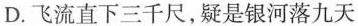
D.飞流直下三千尺，疑是银河落九天